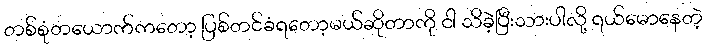
တစ်စုံတယောက်ကတော့ ပြစ်တင်ခံရတော့မယ်ဆိုတာကို ငါ သိခဲ့ပြီးသားပါလို့ ရယ်မောနေတဲ့